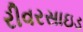
રીવરસાઇડ